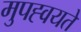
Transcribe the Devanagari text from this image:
मुपह्वयते